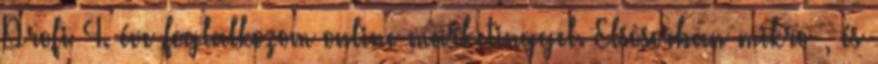
Profi 4. éve foglalkozom online marketinggel. Elsõsorban mikro-, és